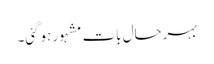
بہرحال بات مشہور ہوگئی۔